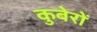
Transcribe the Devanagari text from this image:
कुबेरों